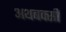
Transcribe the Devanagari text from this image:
अथबक्सी